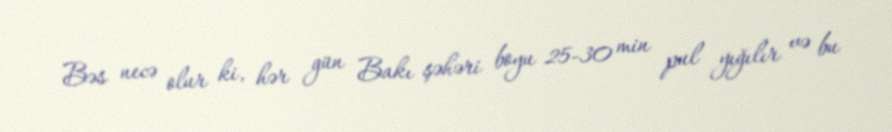
Bəs necə olur ki, hər gün Bakı şəhəri boyu 25-30 min pul yığılır və bu